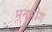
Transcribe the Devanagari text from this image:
मनभोग